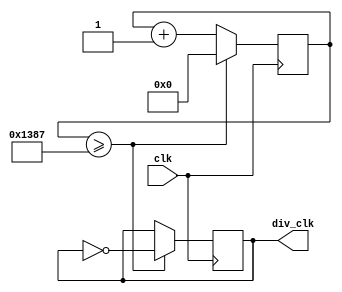
`timescale 1ns / 1ps

module divide_clk
	#(parameter delay = 10000)
	(
	input clk,
	output reg div_clk
    );

parameter delay1 = delay / 2;
reg [31:0]cnt = 0;

always @(posedge clk)
begin
	if(cnt >= delay1 - 1)
	begin
		div_clk <= ~div_clk;
		cnt <= 0;
	end
	else
		cnt <= cnt + 1;
end

endmodule